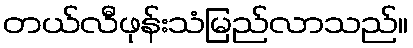
တယ်လီဖုန်းသံမြည်လာသည်။